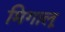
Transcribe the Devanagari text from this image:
मिगालू